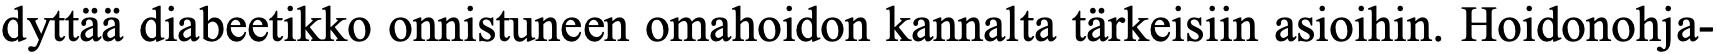
dyttää diabeetikko onnistuneen omahoidon kannalta tärkeisiin asioihin. Hoidonohja-